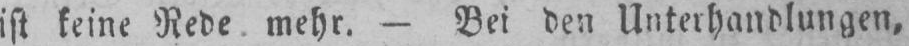
ist keine Rede mehr. - Bei den Unterhandlungen,